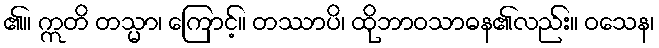
၏။ ဣတိ တသ္မာ၊ ကြောင့်။ တဿာပိ၊ ထိုဘာဝသာဓန၏လည်း။ ဝသေန၊